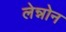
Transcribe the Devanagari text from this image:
लेन्नोन